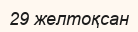
29 желтоқсан